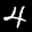
Label: 4